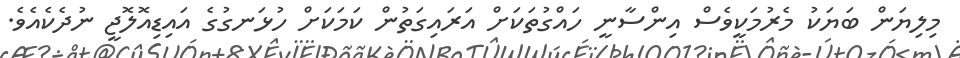
މިލިޔަން ބަޔަކު މެރުމަކީވެސް އިންސާނީ ހައްގުތަކަށް އަރައިގަތުން ކަމަކަށް ހުޅަނގުގެ އައިޑިއޮލޮޖީ ނުދެކެއެވެ.